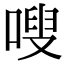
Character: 嗖